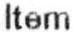
ITEM